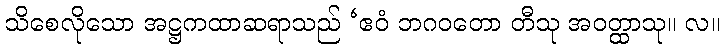
သိစေလိုသော အဋ္ဌကထာဆရာသည် ‘ဧဝံ ဘဂဝတော တီသု အဝတ္ထာသု။ လ။